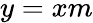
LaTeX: y=xm